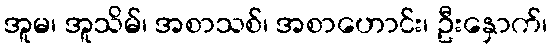
အူမ၊ အူသိမ်၊ အစာသစ်၊ အစာဟောင်း၊ ဦးနှောက်၊